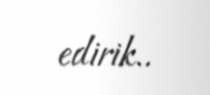
edirik..